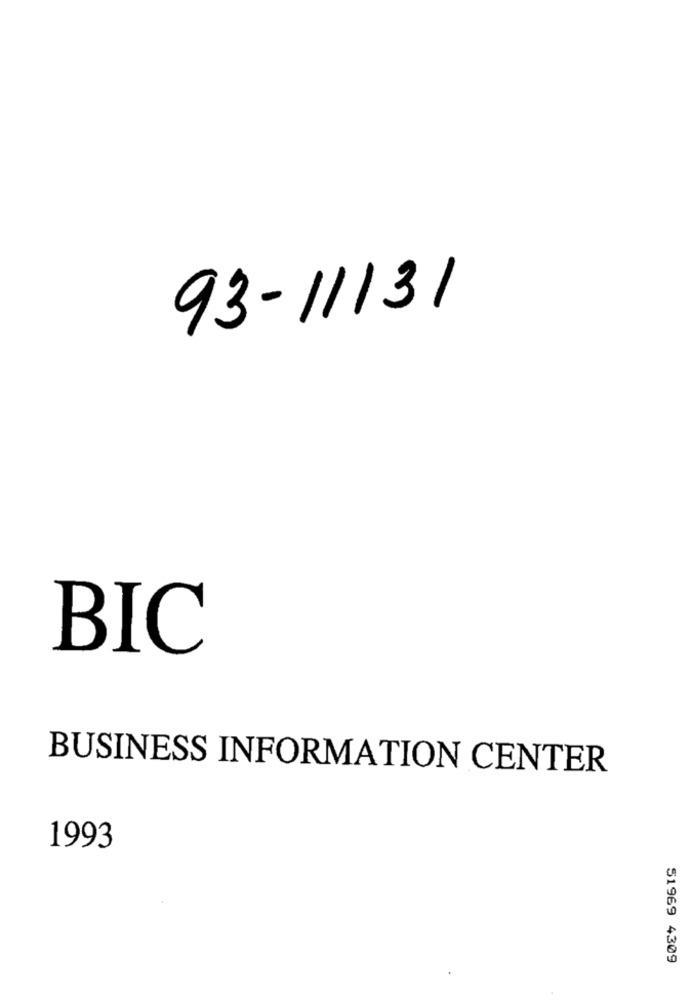
93-11131
BIC
BUSINESS INFORMATION CENTER
1993
51969 4309